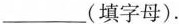
___(填字母).